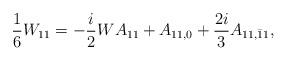
LaTeX: \begin{align*}\frac{1}{6}W_{11}=-\frac{i}{2}WA_{11}+A_{11,0}+\frac{2i}{3}A_{11,\bar{1}1}, \end{align*}